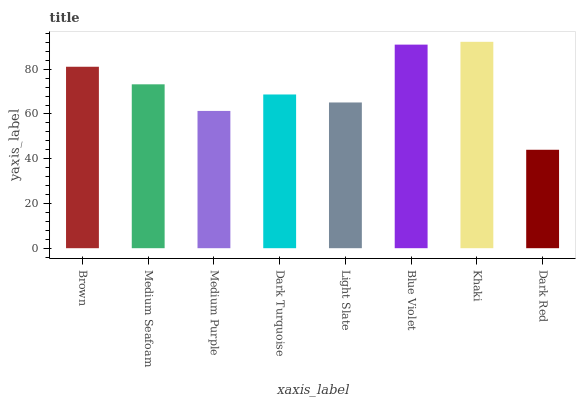
| xaxis_label | bars |
 | --- | --- |
 | Brown | 81.1 |
 | Medium Seafoam | 73.3 |
 | Medium Purple | 61.4 |
 | Dark Turquoise | 68.7 |
 | Light Slate | 65.1 |
 | Blue Violet | 91 |
 | Khaki | 92.3 |
 | Dark Red | 44 |